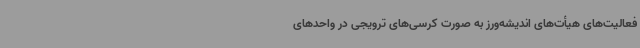
فعالیت‌های هیأت‌های اندیشه‌ورز به صورت کرسی‌های ترویجی در واحدهای